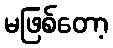
မဖြစ်တော့